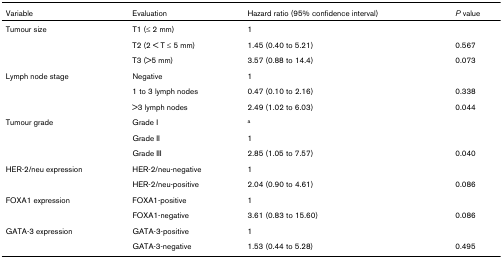
| Variable | Evaluation | Hazard ratio (95% confidence interval) | P value |
 | --- | --- | --- | --- |
 | Tumour size | T1 (≤ 2 mm) | 1 |  |
 |  | T2 (2 < T ≤ 5 mm) | 1.45 (0.40 to 5.21) | 0.567 |
 |  | T3 (>5 mm) | 3.57 (0.88 to 14.4) | 0.073 |
 | Lymph node stage | Negative | 1 |  |
 |  | 1 to 3 lymph nodes | 0.47 (0.10 to 2.16) | 0.338 |
 |  | >3 lymph nodes | 2.49 (1.02 to 6.03) | 0.044 |
 | Tumour grade | Grade I | a |  |
 |  | Grade II | 1 |  |
 |  | Grade III | 2.85 (1.05 to 7.57) | 0.040 |
 | HER-2/neu expression | HER-2/neu-negative | 1 |  |
 |  | HER-2/neu-positive | 2.04 (0.90 to 4.61) | 0.086 |
 | FOXA1 expression | FOXA1-positive | 1 |  |
 |  | FOXA1-negative | 3.61 (0.83 to 15.60) | 0.086 |
 | GATA-3 expression | GATA-3-positive | 1 |  |
 |  | GATA-3-negative | 1.53 (0.44 to 5.28) | 0.495 |